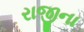
રાજીના